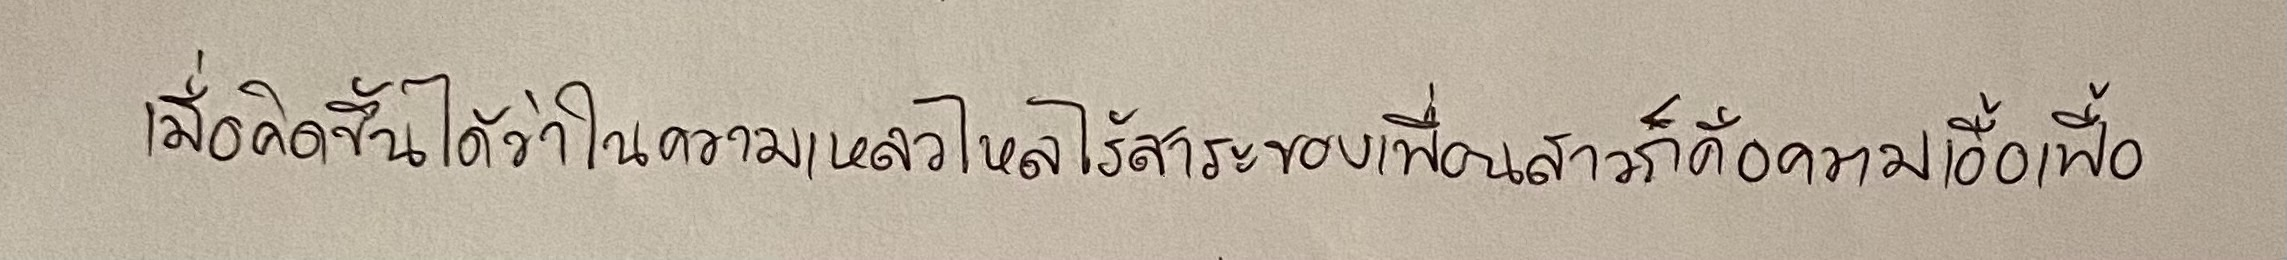
เมื่อคิดขึ้นได้ว่าในความเหลวไหลไร้สาระของเพื่อนสาวก็คือความเอื้อเฟื้อ